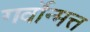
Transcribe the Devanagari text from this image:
गर्वोन्मत्त